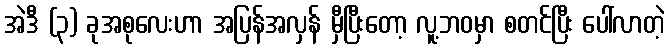
အဲဒီ (၃) ခုအစုလေးဟာ အပြန်အလှန် မှီပြီးတော့ လူ့ဘဝမှာ စတင်ပြီး ပေါ်လာတဲ့